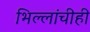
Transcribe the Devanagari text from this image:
भिल्लांचीही